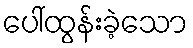
ပေါ်ထွန်းခဲ့သော